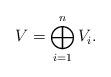
LaTeX: \begin{align*} V=\bigoplus_{i=1}^n V_i.\end{align*}